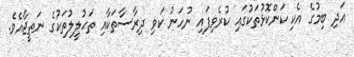
އަދި ބިމުގެ އެކި ކަންކޮޅުތަކުގައި ކުރެވިފައި ނުހަނު ކަވި ދިރާސާތަކާއި ތަޙުލީލުތަކުގެ ނަތީޖާއެވެ.